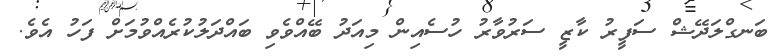
ބަނގްލަދޭޝް ސަފީރު ކާޒީ ސަރުވާރު ހުސެއިން މިއަދު ބޭއްވެވި ބައްދަލުކުރެއްވުމަށް ފަހު އެވެ.